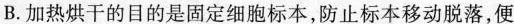
B.加热烘干的目的是固定细胞标本，防止标本移动脱落，便